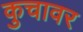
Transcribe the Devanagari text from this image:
कुचावर